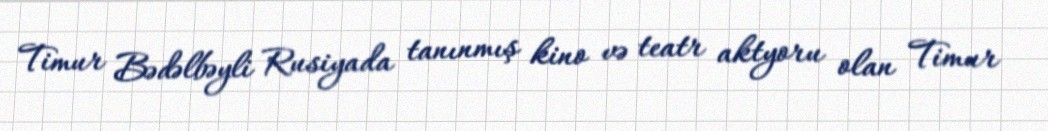
Timur Bədəlbəyli Rusiyada tanınmış kino və teatr aktyoru olan Timur